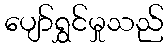
ပျော်ရွှင်မှုသည်